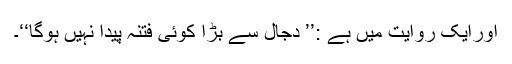
اورایک روایت میں ہے :’’ دجال سے بڑا کوئی فتنہ پیدا نہیں ہوگا‘‘۔